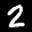
Digit: 2